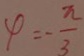
x = - \frac { \pi } { 3 }